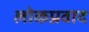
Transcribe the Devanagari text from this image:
लोकप्रवाद